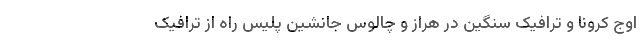
اوج کرونا و ترافیک سنگین در هراز و چالوس جانشین پلیس راه از ترافیک